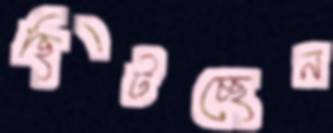
ছিটচ্ছেন